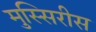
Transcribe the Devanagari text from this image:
मुस्सिरीस